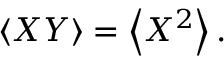
\left< X Y \right> = \left< X ^ { 2 } \right> .